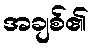
အချစ်၏